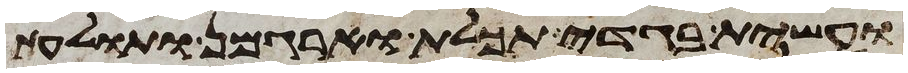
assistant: ועשית בגדי תכלת וארגמן ותולעת